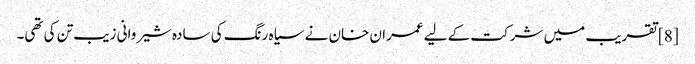
[8] تقریب میں شرکت کے لیے عمران خان نے سیاہ رنگ کی سادہ شیروانی زیب تن کی تھی۔